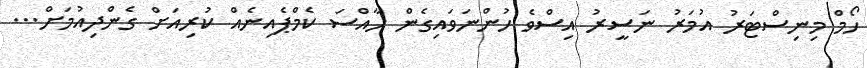
ހޯމް މިނިސްޓަރު އުމަރު ނަސީރު އިސްވެ ހުންނަވައިގެން ހާއްސަ ކެމްޕެއިނެއް ކުރިއަށް ގެންދިއުމަށް...